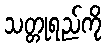
သတ္တုရည်ကို